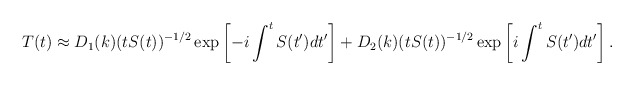
\begin{align*}T(t) \approx D_1(k) (t S(t))^{-1/2} \exp\left[-i \int^t S(t') dt' \right]+D_2(k) (t S(t))^{-1/2} \exp\left[i \int^t S(t') dt' \right].\end{align*}